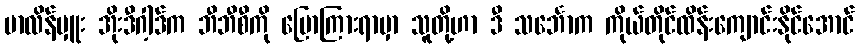
မာလိန်မှူး အိုးဒီဂါ့ဒ်က ဘီဘီစီကို ပြောကြားရာမှာ သူတို့ဟာ ဒီ သင်္ဘောက ကိုယ်တိုင်ထိန်းကျောင်းနိုင်အောင်